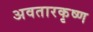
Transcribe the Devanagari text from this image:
अवतारकृष्ण